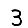
Digit: 3